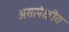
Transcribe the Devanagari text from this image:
असापेक्षीय